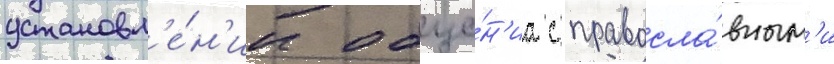
установл'е́н'ии обще́н'иа с правосла́вным'и